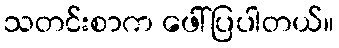
သတင်းစာက ဖေါ်ပြပါတယ်။